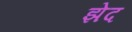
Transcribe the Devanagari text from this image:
झेद